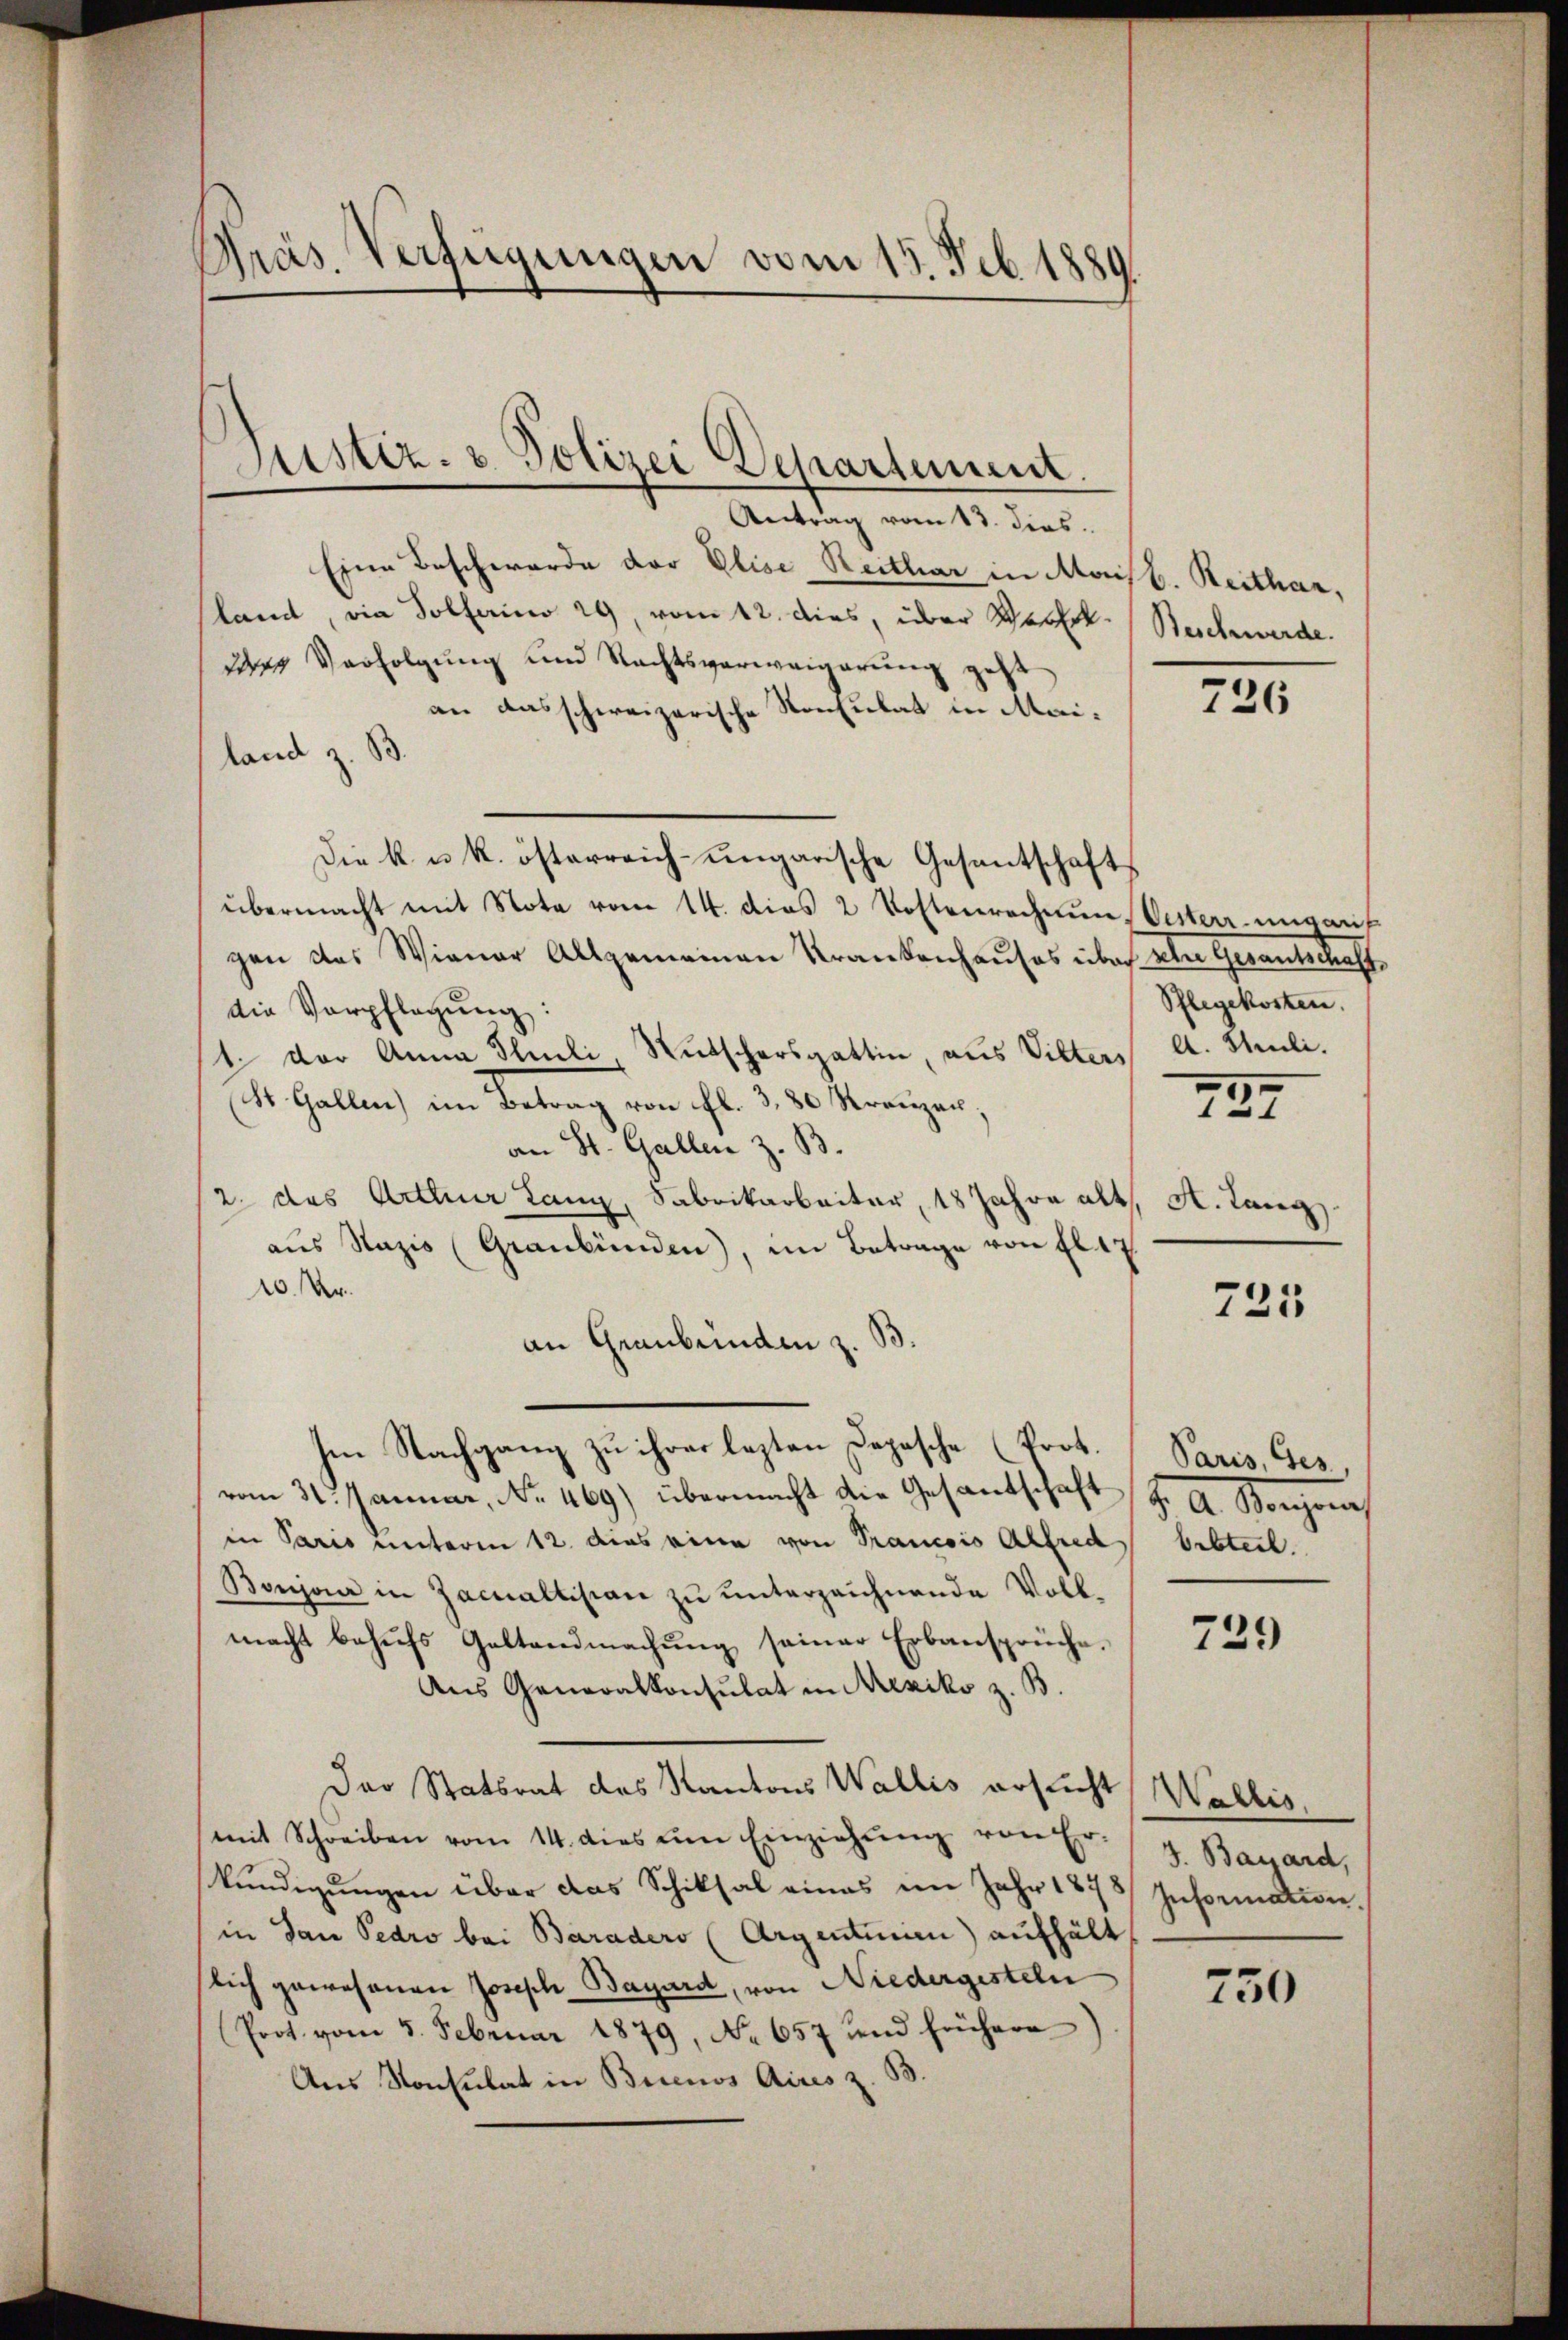
Präs. Verfügungen vom 15. Feb. 1889.

Justiz- u. Polizei Departement.
Antrag vom 13. dies

Eine Beschwerde der Elise Reitbar in Moisb. Reither,
land, die Solferina 29, vom 12. dies, über Wochelürer Verfolgung und Rechtsverweigerung gest
an das schweizerische Konsulat in Mailand z. B.
Die k. u. k. österreich-ungarische Gesantschafts
übermacht mit Note vom 14. dies 2 Postenrechen Oesterr. ungaris
gen das Wiener Allgemeinen Krankenhauses über aber Gesantschaff
die Verpflegŭng:
1. Vor Anna Plueli Rutschersgattin, aus Vilters
St. Gallen) im Betrag von fl. 3, 80 Kreuzer,
an St. Gallen z. B.
2. das Arthur Lanz, Sabrikarbeiter, 18 Jahre alt
aus Nazis (Graubünden, im Betrage von fl. 17
20. Dr.
an Graubünden z. B.
Im Nachgang zu ihres lezten Depesche (Prot.
vom 31. Januar, Nr. 469) übermacht die Gesantschaft G. A. Borowi
in Paris unterm 12. das eine von Prancois Alfred besteil.
Bonja in Zacnallision zu unterzeichnende Vollmacht behufs Geltendmachung seiner Erbansprüche.
Aus Generalkonsulat in Mexiko z. B.
Das Statsrat des Kantons Wallis ersucht
mit Schreiben vom 14. dies um Einziehŭng von Er-
kündigungen über das Schiksal eines im Jahr 1878/
in San Pedro bei Baraders (Argentinien) aufhält
lich gewesenen Joseph Bayard, von Niedergesteln
Prot. vom 5. Februar 1879, No 657 und frühere
Aus Konsulat in Buenos Aires z. B.

Beschwerde.

726

Pflegekosten.
A. Theili.

797

A. Lang.

725

Paris, Ges.,

739

Wallis
J. Bayard,
Information.

750